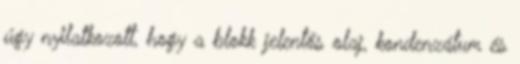
úgy nyilatkozott, hogy a blokk jelentős olaj, kondenzátum és